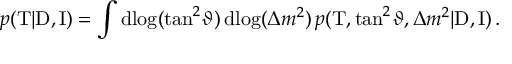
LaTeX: p ( \mathrm { T } | \mathrm { D } , \mathrm { I } ) = \int \mathrm { d } \! \log ( \tan ^ { 2 } \! \vartheta ) \, \mathrm { d } \! \log ( \Delta { m } ^ { 2 } ) \, p ( \mathrm { T } , \tan ^ { 2 } \! \vartheta , \Delta { m } ^ { 2 } | \mathrm { D } , \mathrm { I } ) \, .